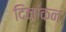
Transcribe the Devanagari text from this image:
दिनांकन